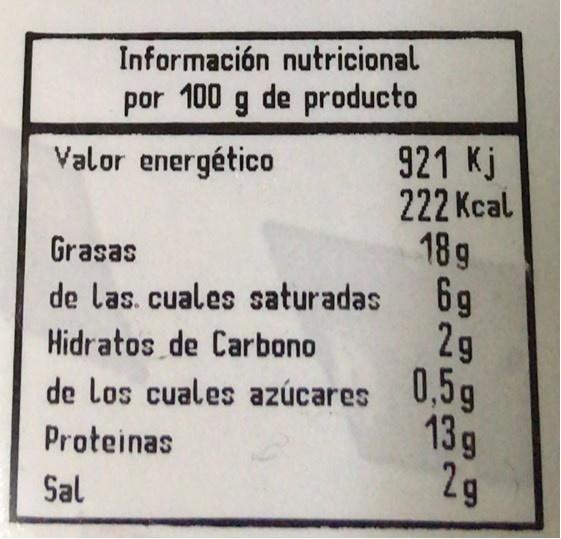
Información nutricional
por 100 g de producto
Valor energético
921 Kj 222 Kcal 18g de las. cuales saturadas 6g
Grasas
Hidratos de Carbono
de los cuales azúcares 0,5g 13g 2g
Proteinas
Sal
2.